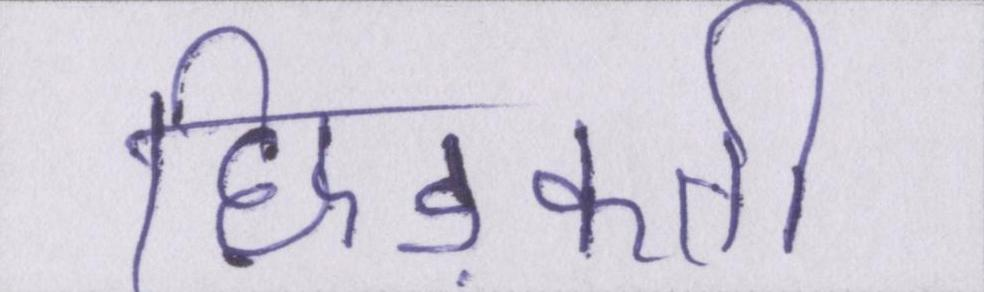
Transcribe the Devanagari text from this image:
छिड़कती